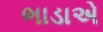
ભાડાએ